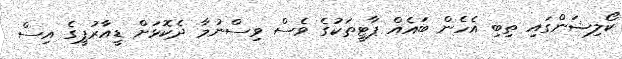
ކޯލިޝަންގައި ތިބި އެހެން ބައެއް ޕާޓީތަކުގެ ވެސް ވިސްނުމާ ދެކޮޅަށް ޑީއާރުޕީގެ އިސް